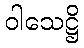
ဝါသေဋ္ဌိ